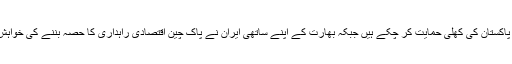
چین اور روس پاکستان کی کھلی حمایت کر چکے ہیں جبکہ بھارت کے اپنے ساتھی ایران نے پاک چین اقتصادی راہداری کا حصہ بننے کی خواہش ظاہر کی ہے۔